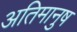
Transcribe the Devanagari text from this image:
अतिमानुष